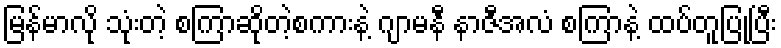
မြန်မာလို သုံးတဲ့ စကြာဆိုတဲ့စကားနဲ့ ဂျာမနီ နာဇီအလံ စကြာနဲ့ ထပ်တူပြုပြီး